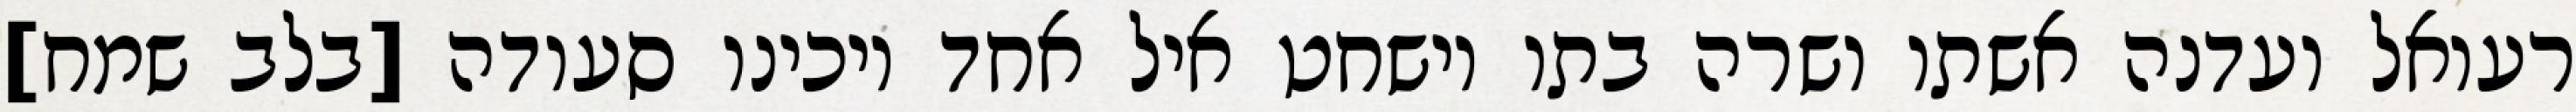
רעואל ועדנה אשתו ושרה בתו וישחט איל אחד ויכינו סעודה [בלב שמח]